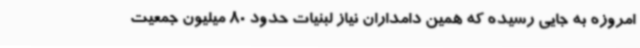
امروزه به جایی رسیده که همین دامداران نیاز لبنیات حدود 80 میلیون جمعیت